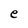
Character: e